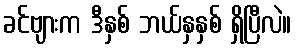
ခင်ဗျားက ဒီနှစ် ဘယ်နှနှစ် ရှိပြီလဲ။